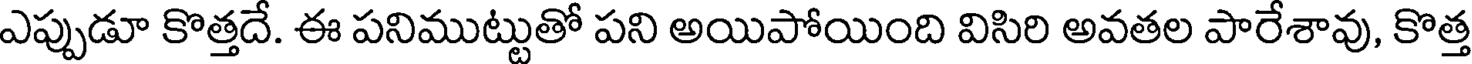
ఎప్పుడూ కొత్తదే. ఈ పనిముట్టుతో పని అయిపోయింది విసిరి అవతల పారేశావు, కొత్త